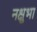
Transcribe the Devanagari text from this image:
नक्षुभा